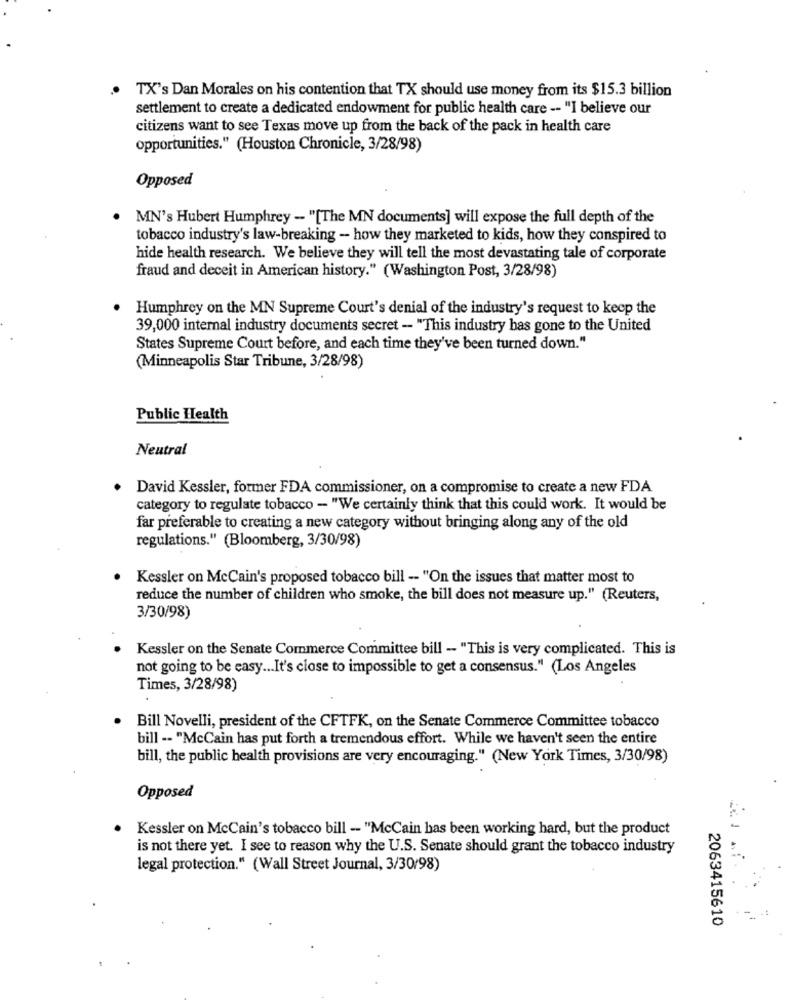
. TX's Dan Morales on his contention that TX should use money from its $15.3 billion
settlement to create a dedicated endowment for public health care -- "I believe our
citizens want to see Texas move up from the back of the pack in health care
opportunities." (Houston Chronicle, 3/28/98)
Opposed
MN's Hubert Humphrey - "[The MN documents] will expose the full depth of the
tobacco industry's law-breaking - how they marketed to kids, how they conspired to
hide health research. We believe they will tell the most devastating tale of corporate
fraud and deceit in American history." (Washington Post, 3/28/98)
Humphrey on the MN Supreme Court's denial of the industry's request to keep the
39,000 internal industry documents secret - "This industry has gone to the United
States Supreme Court before, and each time they've been turned down."
(Minneapolis Star Tribune, 3/28/98)
Public Health
Neutral
David Kessler, former FDA commissioner, on a compromise to create a new FDA
category to regulate tobacco - "We certainly think that this could work. It would be
far preferable to creating a new category without bringing along any of the old
regulations." (Bloomberg, 3/30/98)
Kessler on McCain's proposed tobacco bill -- "On the issues that matter most to
reduce the number of children who smoke, the bill does not measure up." (Reuters,
3/30/98)
Kessler on the Senate Commerce Committee bill - "This is very complicated. This is
not going to be easy ... It's close to impossible to get a consensus." (Los Angeles
Times, 3/28/98)
Bill Novelli, president of the CFTFK, on the Senate Commerce Committee tobacco
bill -- "McCain has put forth a tremendous effort. While we haven't seen the entire
bill, the public health provisions are very encouraging." (New York Times, 3/30/98)
Opposed
Kessler on McCain's tobacco bill - "McCain has been working hard, but the product
is not there yet. I see to reason why the U.S. Senate should grant the tobacco industry
legal protection." (Wall Street Journal, 3/30/98)
2063415610